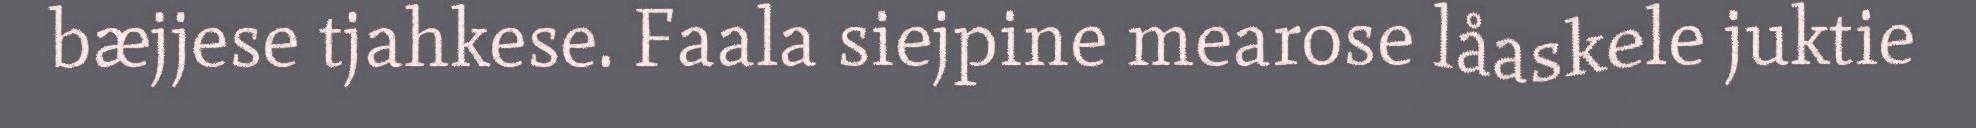
bæjjese tjahkese. Faala siejpine mearose låaskele juktie